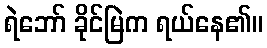
ရဲဘော် ခိုင်မြဲက ရယ်နေ၏။